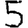
Digit: 5